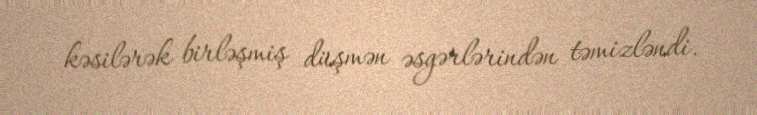
kəsilərək birləşmiş düşmən əsgərlərindən təmizləndi.